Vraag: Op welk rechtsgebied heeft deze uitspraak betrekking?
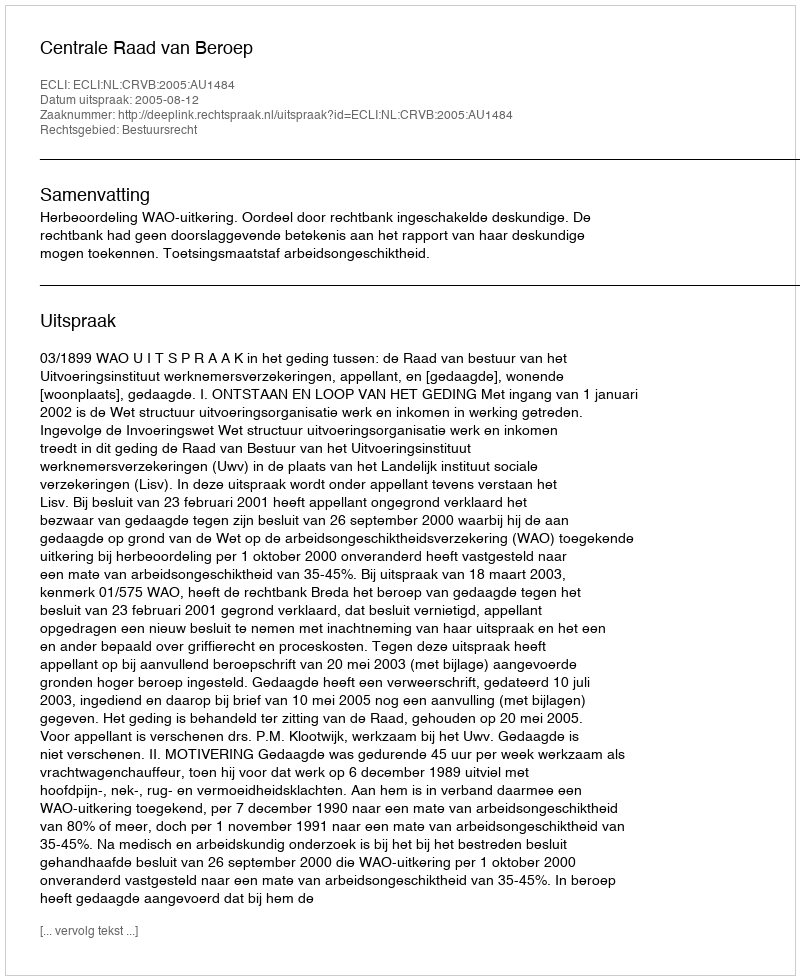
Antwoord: Bestuursrecht